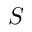
S